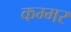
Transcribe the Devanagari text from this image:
कम्मर